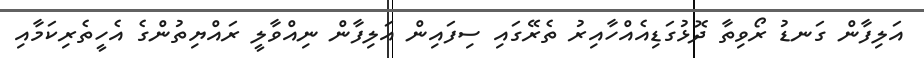
އަލިފާން ގަނޑު ރޯވިތާ ދޮޅުގަޑިއެއްހާއިރު ތެރޭގައި ސިފައިން އަލިފާން ނިއްވާލީ ރައްޔިތުންގެ އެހީތެރިކަމާއި